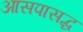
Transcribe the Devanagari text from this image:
आसपासद्ध